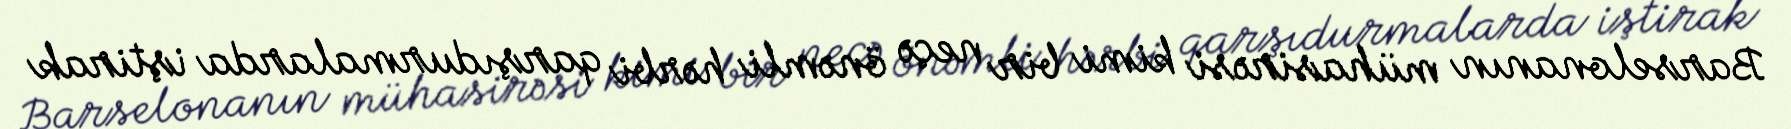
Barselonanın mühasirəsi kimi bir neçə önəmli hərbi qarşıdurmalarda iştirak